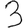
Digit: 3